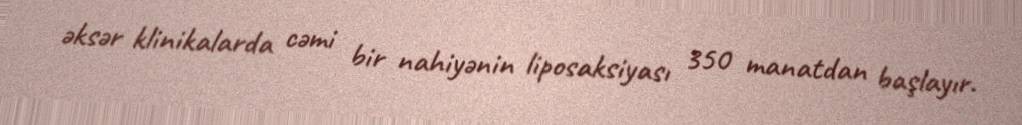
əksər klinikalarda cəmi bir nahiyənin liposaksiyası 350 manatdan başlayır.